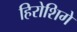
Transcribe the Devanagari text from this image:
हिरोशिगे